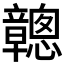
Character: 𥫑